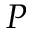
P